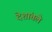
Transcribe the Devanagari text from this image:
देशांतले